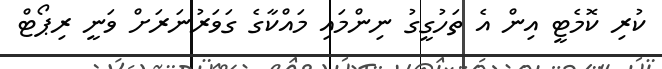
ކުރި ކޮމެޓީ އިން އެ ތަހުގީގު ނިންމައި މައްކާގެ ގަވަރުނަރަށް ވަނީ ރިޕޯޓް